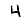
Digit: 4